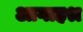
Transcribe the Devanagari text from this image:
आगाहश्र